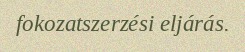
fokozatszerzési eljárás.